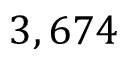
3 , 6 7 4